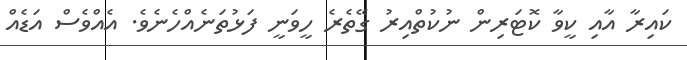
ކައިރާ އާއި ކީވާ ކޮޓަރިން ނުކުތްއިރު ގޭތެރެ ހީވަނީ ފަޅުތަނެއްހެނެވެ. އެއްވެސް އަޑެއް